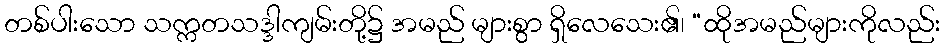
တစ်ပါးသော သက္ကတသဒ္ဒါကျမ်းတို့၌ အမည် များစွာ ရှိလေသေး၏၊ “ထိုအမည်များကိုလည်း